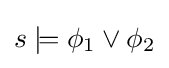
s\models \phi _{1}\lor \phi _{2}